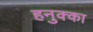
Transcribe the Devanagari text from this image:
हनुक्का